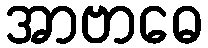
အာဗာဓေ